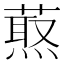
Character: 𦼈